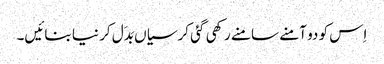
اِس کو دو آمنے سامنے رکھی گئی کرسیاں بَدَل کر نیا بنائیں۔